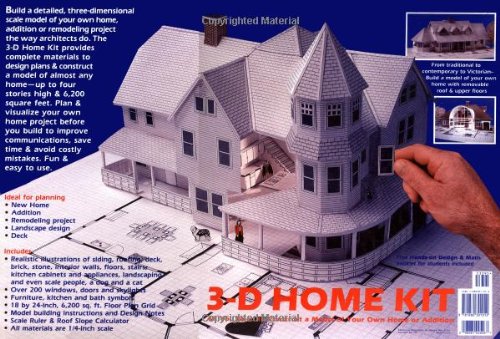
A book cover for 3-D Home Kit: All You Need to Construct a Model of Your Own Home or Addition; Daniel Reif; Arts & Photography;